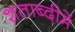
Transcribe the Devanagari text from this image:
शताब्‍दीमें